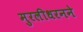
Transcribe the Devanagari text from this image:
मुरलीधरनने